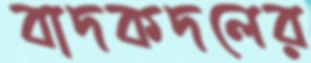
বাদকদলের